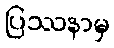
ပြဿနာမှ